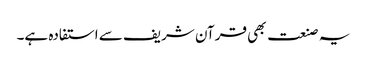
یہ صنعت بھی قرآن شریف سے استفادہ ہے۔